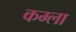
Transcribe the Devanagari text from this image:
कम्ला